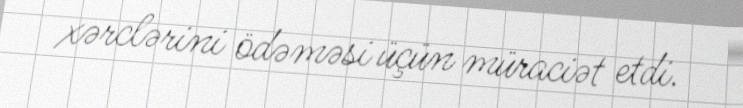
xərclərini ödəməsi üçün müraciət etdi.